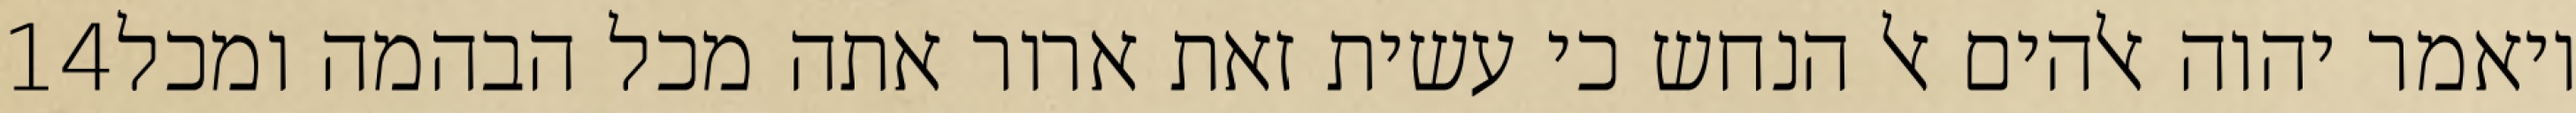
‎14‏ ויאמר יהוה אלהים אל הנחש כי עשית זאת ארור אתה מכל הבהמה ומכל